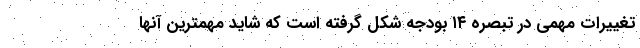
تغییرات مهمی در تبصره ۱۴ بودجه شکل گرفته است که شاید مهمترین آنها